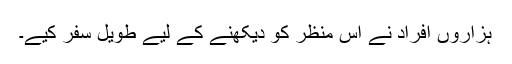
ہزاروں افراد نے اس منظر کو دیکھنے کے لیے طویل سفر کیے۔